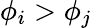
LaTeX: \phi_{i}>\phi_{j}